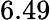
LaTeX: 6.49